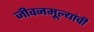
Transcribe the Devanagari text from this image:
जीवनमूल्यांची